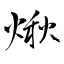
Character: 煍